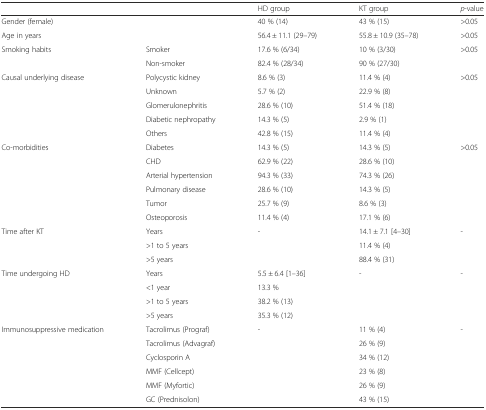
<table><thead><tr><td colspan="2"></td><td><b>HD group</b></td><td><b>KT group</b></td><td><b><i>p</i>-value</b></td></tr></thead><tbody><tr><td colspan="2">Gender (female)</td><td>40 % (14)</td><td>43 % (15)</td><td>&gt;0.05</td></tr><tr><td colspan="2">Age in years</td><td>56.4 ± 11.1 (29–79)</td><td>55.8 ± 10.9 (35–78)</td><td>&gt;0.05</td></tr><tr><td rowspan="2">Smoking habits</td><td>Smoker</td><td>17.6 % (6/34)</td><td>10 % (3/30)</td><td rowspan="2">&gt;0.05</td></tr><tr><td>Non-smoker</td><td>82.4 % (28/34)</td><td>90 % (27/30)</td></tr><tr><td rowspan="5">Causal underlying disease</td><td>Polycystic kidney</td><td>8.6 % (3)</td><td>11.4 % (4)</td><td rowspan="5">&gt;0.05</td></tr><tr><td>Unknown</td><td>5.7 % (2)</td><td>22.9 % (8)</td></tr><tr><td>Glomerulonephritis</td><td>28.6 % (10)</td><td>51.4 % (18)</td></tr><tr><td>Diabetic nephropathy</td><td>14.3 % (5)</td><td>2.9 % (1)</td></tr><tr><td>Others</td><td>42.8 % (15)</td><td>11.4 % (4)</td></tr><tr><td rowspan="6">Co-morbidities</td><td>Diabetes</td><td>14.3 % (5)</td><td>14.3 % (5)</td><td rowspan="6">&gt;0.05</td></tr><tr><td>CHD</td><td>62.9 % (22)</td><td>28.6 % (10)</td></tr><tr><td>Arterial hypertension</td><td>94.3 % (33)</td><td>74.3 % (26)</td></tr><tr><td>Pulmonary disease</td><td>28.6 % (10)</td><td>14.3 % (5)</td></tr><tr><td>Tumor</td><td>25.7 % (9)</td><td>8.6 % (3)</td></tr><tr><td>Osteoporosis</td><td>11.4 % (4)</td><td>17.1 % (6)</td></tr><tr><td rowspan="3">Time after KT</td><td>Years</td><td rowspan="3">-</td><td>14.1 ± 7.1 [4–30]</td><td rowspan="3">-</td></tr><tr><td>&gt;1 to 5 years</td><td>11.4 % (4)</td></tr><tr><td>&gt;5 years</td><td>88.4 % (31)</td></tr><tr><td rowspan="4">Time undergoing HD</td><td>Years</td><td>5.5 ± 6.4 [1–36]</td><td rowspan="4">-</td><td rowspan="4">-</td></tr><tr><td>&lt;1 year</td><td>13.3 %</td></tr><tr><td>&gt;1 to 5 years</td><td>38.2 % (13)</td></tr><tr><td>&gt;5 years</td><td>35.3 % (12)</td></tr><tr><td rowspan="6">Immunosuppressive medication</td><td>Tacrolimus (Prograf)</td><td rowspan="6">-</td><td>11 % (4)</td><td rowspan="6">-</td></tr><tr><td>Tacrolimus (Advagraf)</td><td>26 % (9)</td></tr><tr><td>Cyclosporin A</td><td>34 % (12)</td></tr><tr><td>MMF (Cellcept)</td><td>23 % (8)</td></tr><tr><td>MMF (Myfortic)</td><td>26 % (9)</td></tr><tr><td>GC (Prednisolon)</td><td>43 % (15)</td></tr></tbody></table>